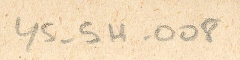
YS-5H-008